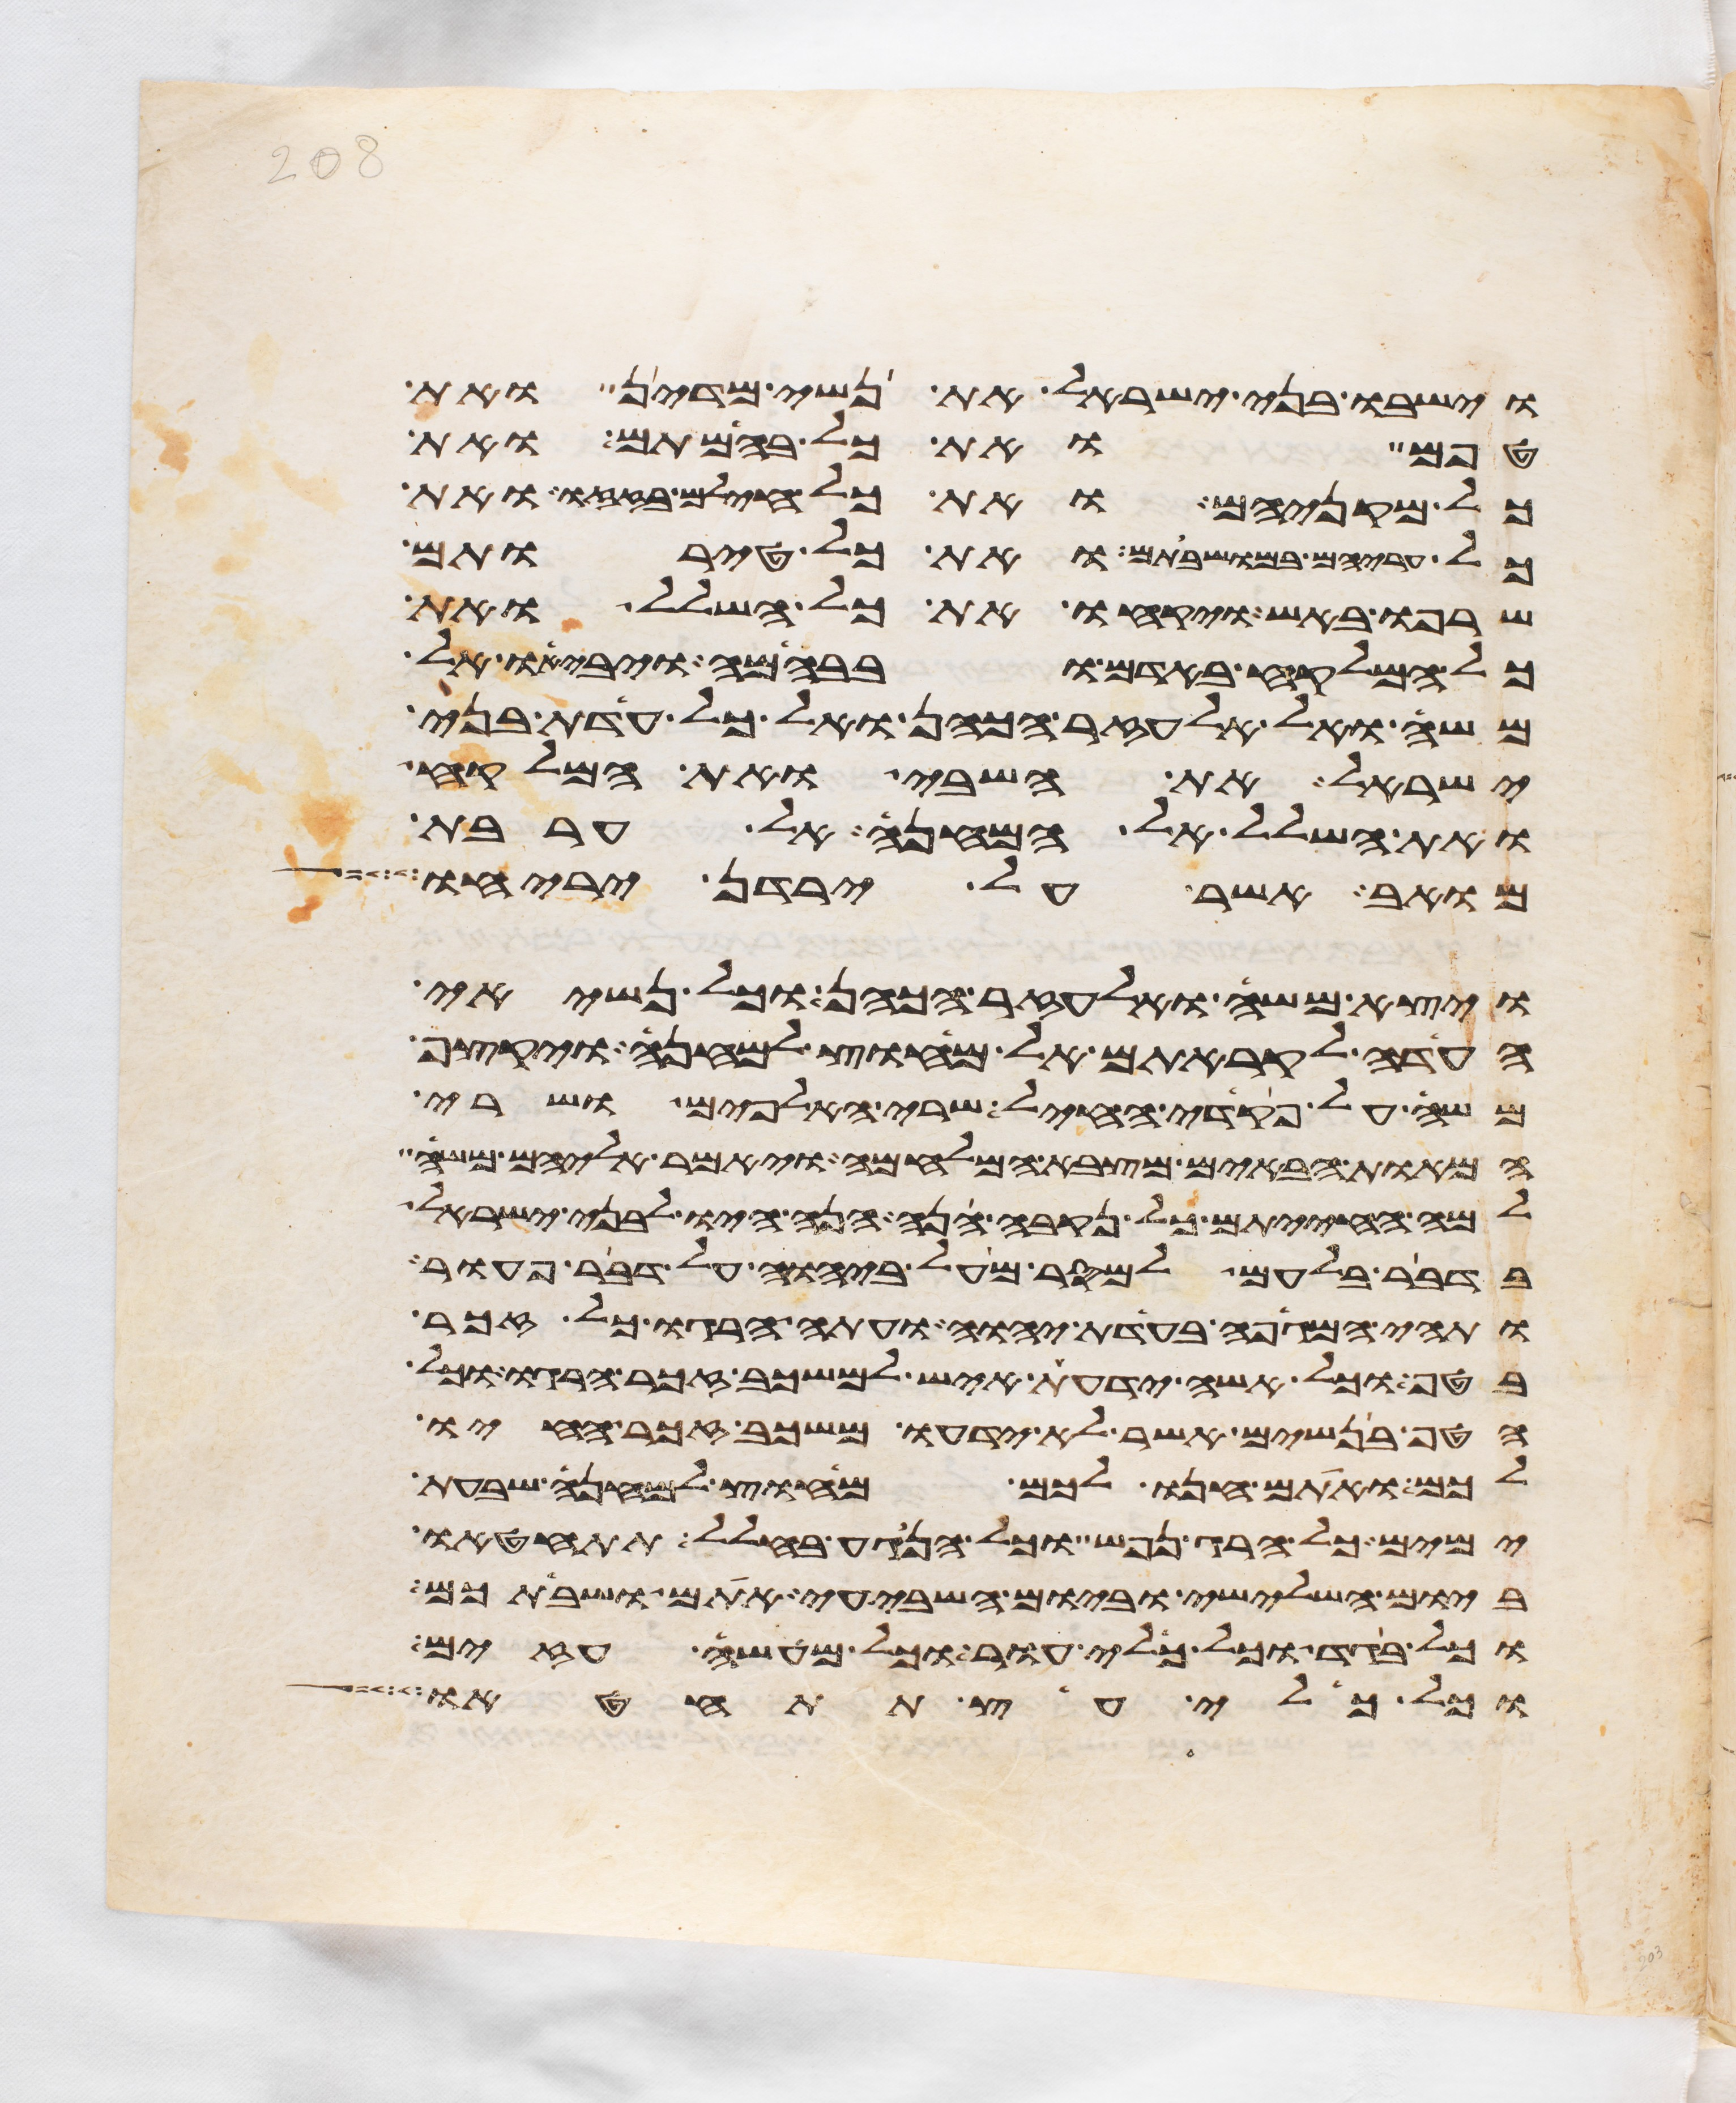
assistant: וישבו בני ישראל את נשי מדין ואת
טפם ואת כל בהמתם ואת
כל מקניהם ואת כל חילם בזזו ואת
כל עריהם במושבתם ואת כל טירתם
שרפו באש ויקחו את כל השלל ואת
כל המלקח באדם ובבהמה ויביאו אל
משה ואל אלעזר הכהן ואל כל עדת בני
ישראל את השבי ואת המלקח
ואת השלל אל המחנה אל ערבת
מואב אשר על ירדן יריחו
ויצא משה ואלעזר הכהן וכל נשיאי
העדה לקראתם אל מחוץ למחנה ויקצף
משה על פקדי החיל שרי האלפים ושרי
המאות הבאים מצבא המלחמה ויאמר אליהם משה
למה החיתם כל נקבה הנה הנה היו לבני ישראל
בדבר בלעם למסר מעל ביהוה על דבר פעור
ותהי המגפה בעדת יהוה ועתה הרגו כל זכר
בטף וכל אשה ידעת איש למשכב זכר הרגו וכל
הטף בנשים אשר לא ידעו משכב זכר חיו
לכם ואתם חנו לכם מחוץ למחנה שבעת
ימים כל הרג נפש וכל הנגע בחלל תתחטאו
ביום השלישי וביום השביעי אתם ושביתכם
וכל בגד וכל כלי עור וכל מעשה עזים
וכל כלי עץ תתחטאו